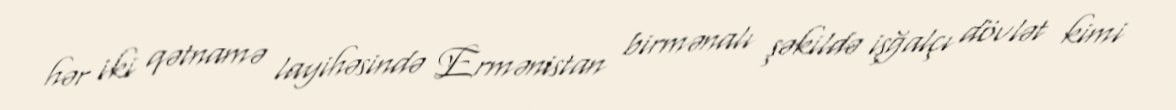
hər iki qətnamə layihəsində Ermənistan birmənalı şəkildə işğalçı dövlət kimi